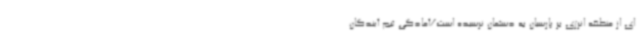
ای از منطقه انرژی بر پارسیان به دستمان نرسیده است/آمادگی تیم آیندگان